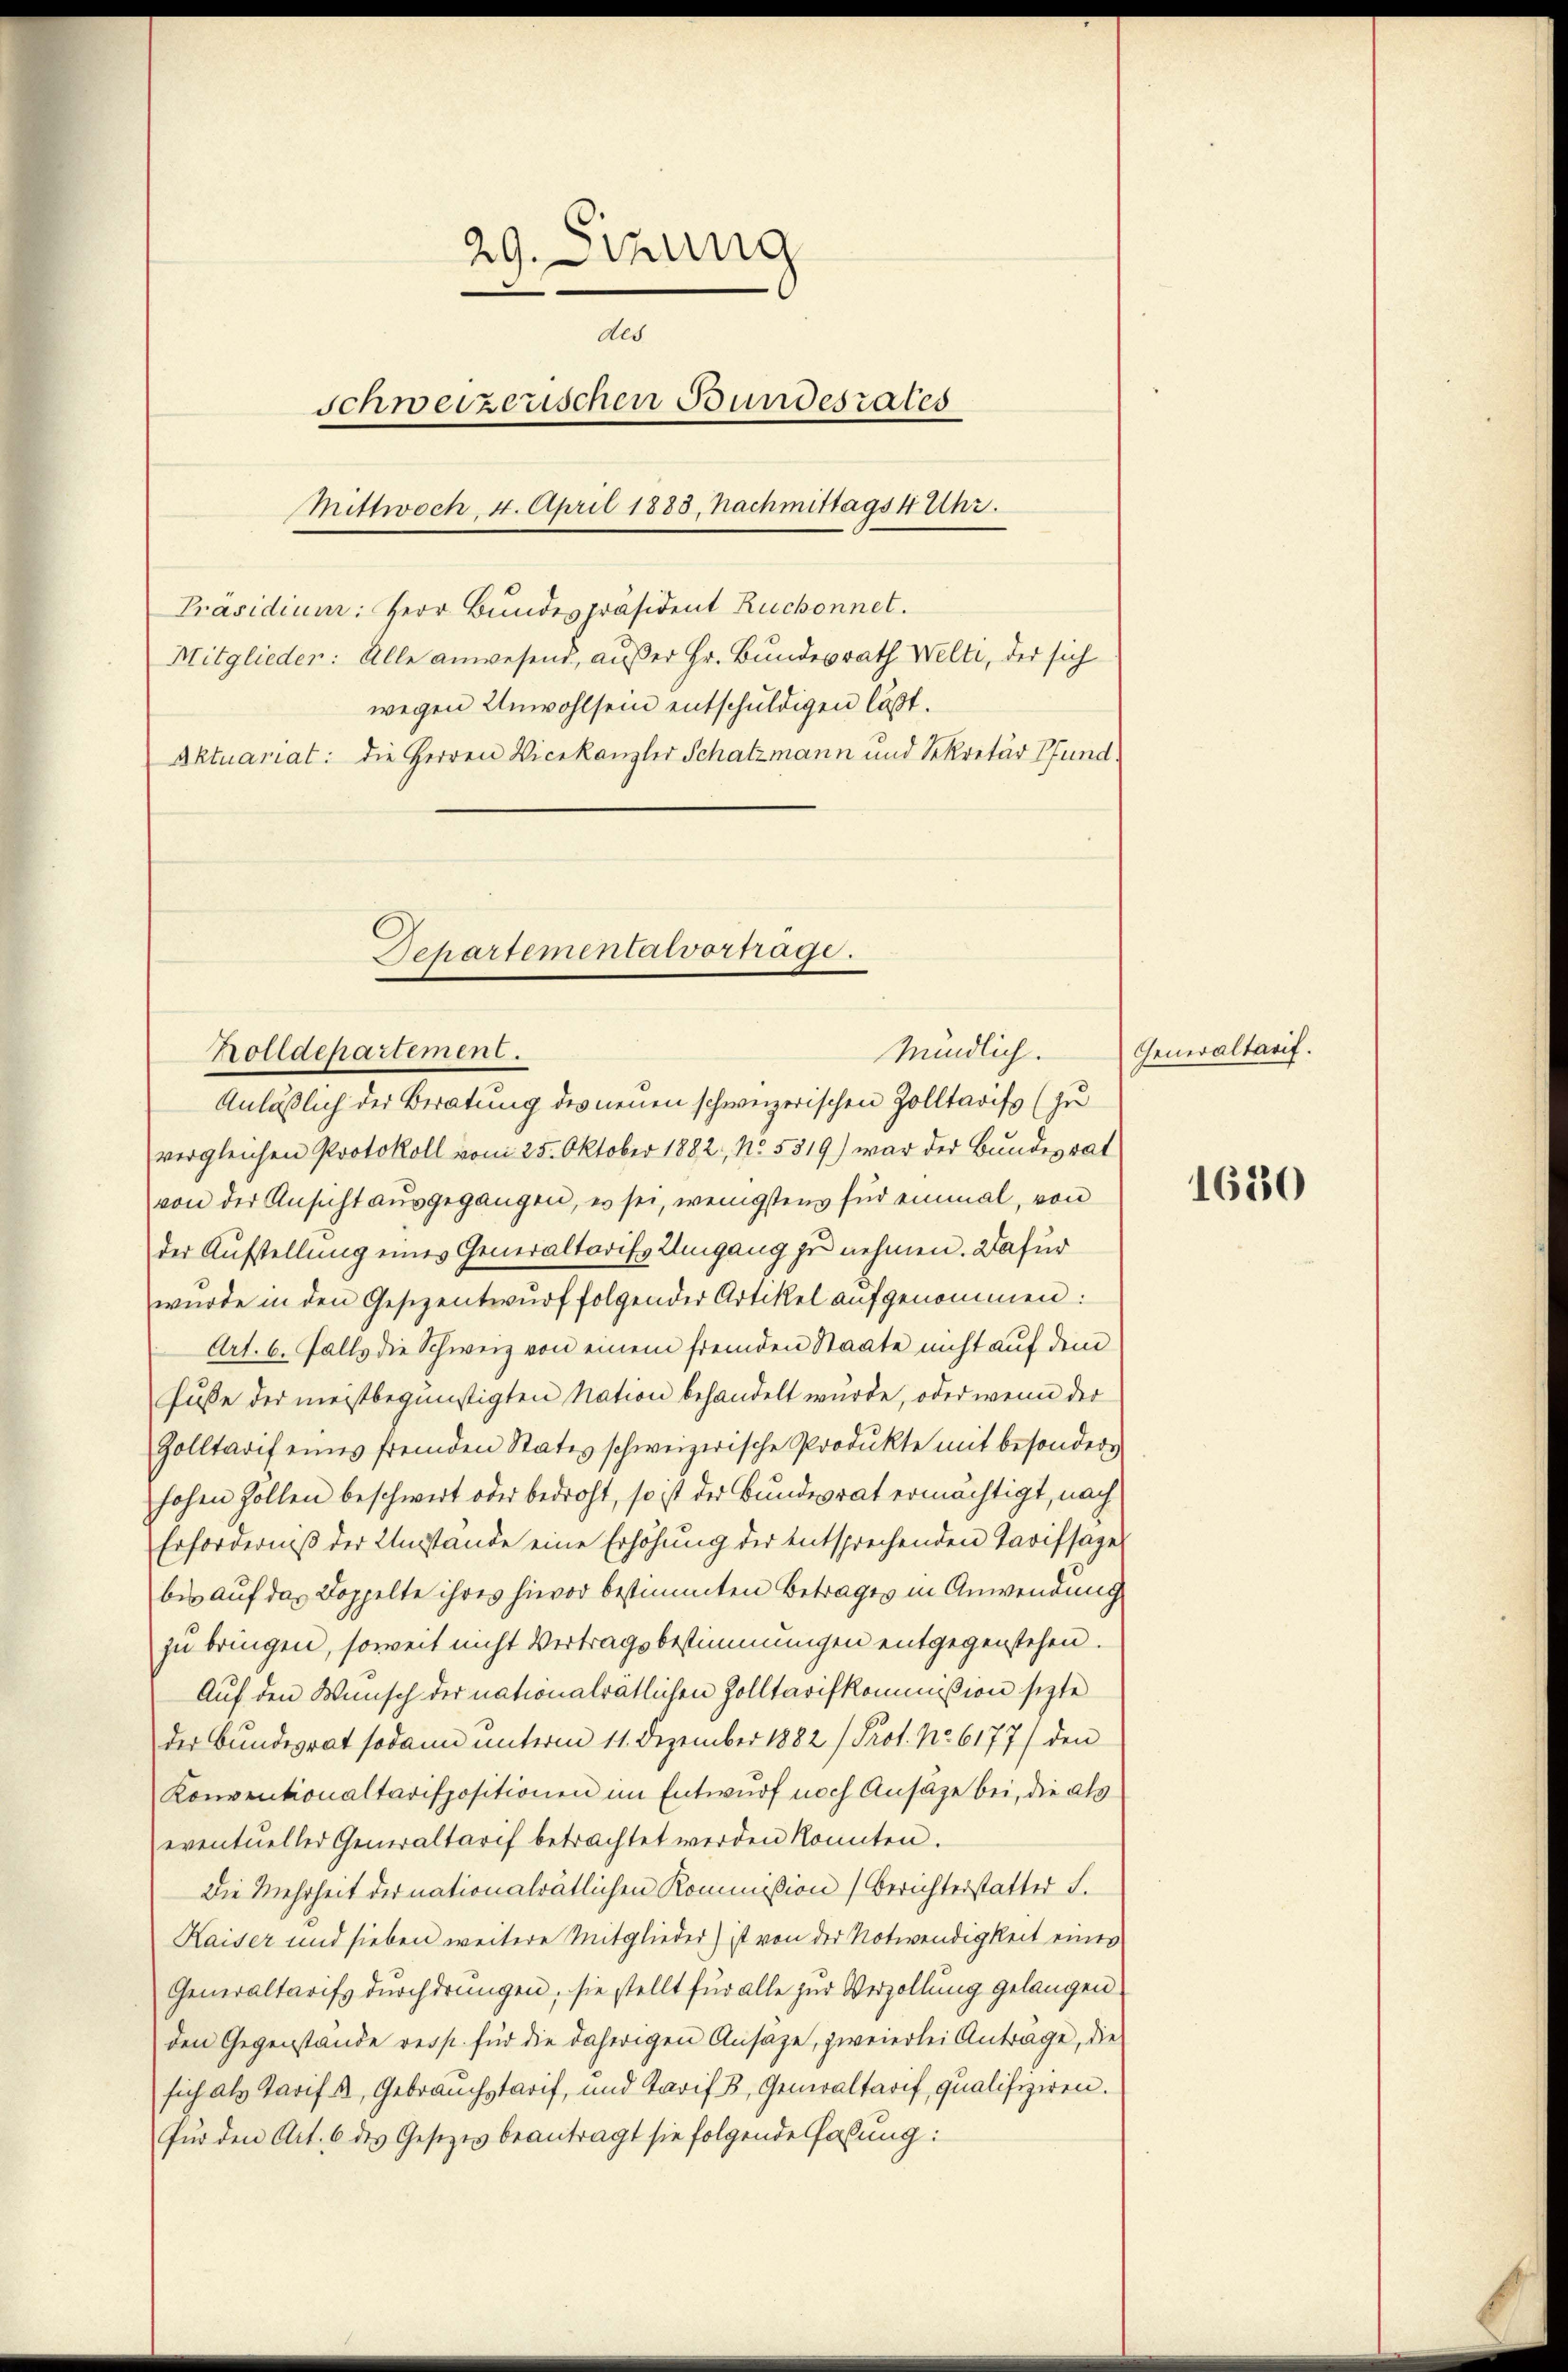
29. Sinung
des
schweizerischen Bundesrates
Mittwoch, 4. April 1883. Nachmittags 4 Uhr.
Präsidium: Herr Bundespräsident Ruchonnet.
Mitglieder: Alle anwesend, außer Hr. Bundesrath Welti, der sich
wegen Unwohlsein entschuldigen läßt.
Aktuariat: die Herren Vicekanzler Schatzmann und Sekretär Pfund

Holldepartement.

Schartementalvortrage.

Anläßlich der Beratung des neuen schweizerischen Zolltarifs (zu
vergleichen Protokoll vom 25. Oktober 1882, No. 5319) war der Bundesrat
von der Ansicht ausgegangen, es sei, wenigstens für einmal, von
der Aufstellung eines Generaltarifs Umgang zu nehmen. Dafür
wurde in den Gesezentwŭrf folgender Artikel aufgenommen:
Art. 6. Falls die Schweiz von einem fremden Staate nicht auf dem
Pusse der meistbegünstigten Nation behandelt wurde, oder wenn der
Golltarif eines fremden States schweizerische Produkte mit besondern
hohen Zollen beschwert oder bedroht, so ist der Bundesrat ermächtigt, nach
Erforderniß der Umstände eine Erhöhung der entsprechenden Tarifsage
bis auf das Doppelte ihres hievor bestimmten Betrages in Anwendung
zu bringen, soweit nicht Vertragsbestimmungen entgegenstehen.
Auf den Wunsch der nationalrätlichen Zolltarifkommißion sezte
der Bundesrat sodann unterm 11. Dezember 1882 /Prot. No. 6177) den
Konventionaltarispositionen im Entwurf noch Ansäze bei, die als
eventueller Generaltarif betrachtet werden könnten.
Die Mehrheit der nationalrätlichen Kommißion (Berichterstatter S.
Kaiser und sieben weitere Mitglieder) ist von der Notwendigkeit eines
Generaltarifs durchdrungen, sie stellt für alle zur Verzollung gelangen.
den Gegenstände resp. für die daherigen Ansage, zweierlei Antrage, die
sich als Tarifs, Gebrauchstarif, und Tarif 3, Generaltarif, qualifiziren.
für den Art. 6 des Gesetzes beantragt sie folgende Fassung:

Mündlich.

Generaltarif.

1630